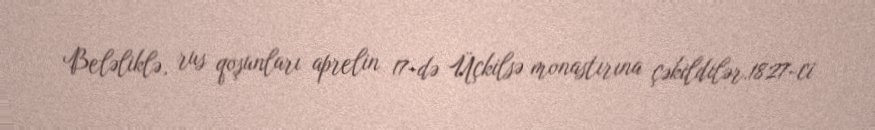
Beləliklə, rus qoşunları aprelin 17-də Üçkilsə monastırına çəkildilər.1827-ci